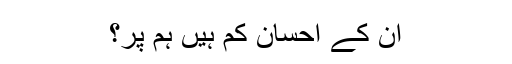
ان کے احسان کم ہیں ہم پر؟